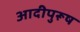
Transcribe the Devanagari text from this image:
आदीपुरूष